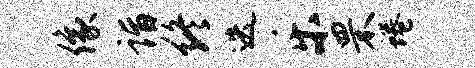
像诣终迭乐罘蜷